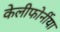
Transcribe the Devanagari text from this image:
केलीफोर्नीया